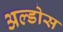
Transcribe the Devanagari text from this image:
अल्डोस